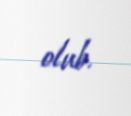
olub.